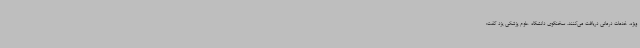
ویژه، خدمات درمانی دریافت می‌کنند. سخنگوی دانشگاه علوم پزشکی یزد گفت: